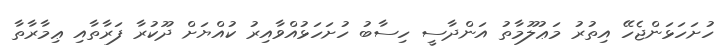
ހުށަހަޅަންޖެހޭ އިތުރު މަޢުލޫމާތު އަންދާސީ ހިސާބު ހުށަހަޅުއްވާއިރު ކުއްޔަށް ދޫކުރާ ފަރާތާއި ޢިމާރާތާ